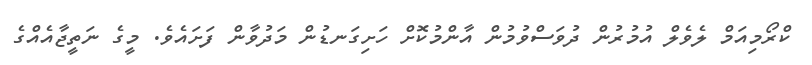
ކްރޯމިއަމް ލެވެލް އުމުރުން ދުވަސްވުމުން އާންމުކޮށް ހަށިގަނޑުން މަދުވާން ފަށައެވެ. މީގެ ނަތީޖާއެއްގެ